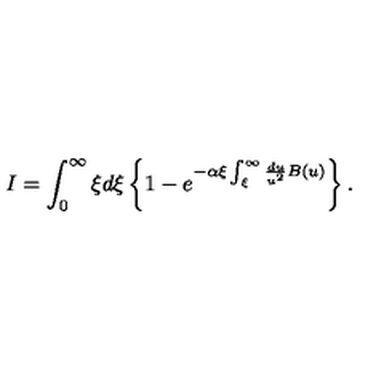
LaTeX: I = \int _ { 0 } ^ { \infty } \xi d \xi \left\{ 1 - e ^ { - \alpha \xi \int _ { \xi } ^ { \infty } \frac { d u } { u ^ { 2 } } B ( u ) } \right\} .